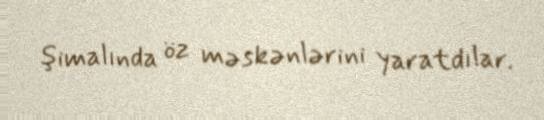
şimalında öz məskənlərini yaratdılar.